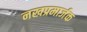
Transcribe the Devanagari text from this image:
नखप्रमार्जक